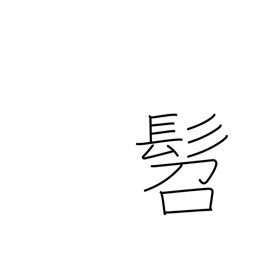
Meaning: small child